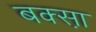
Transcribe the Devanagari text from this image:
बक्सा़